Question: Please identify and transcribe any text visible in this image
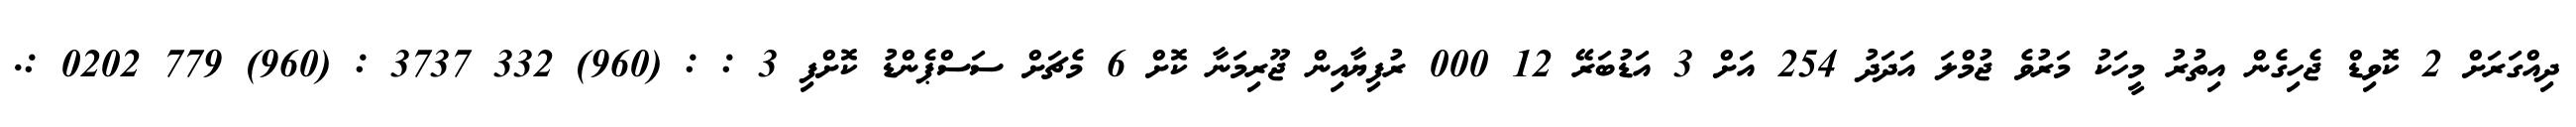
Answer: ދިއްގަރަށް 2 ކޮވިޑް ޖެހިގެން އިތުރު މީހަކު މަރުވެ ޖުމްލަ އަދަދު 254 އަށް 3 އަޑުބަރޭ 12 000 ރުފިޔާއިން ޖޫރިމަނާ ކޮށް 6 މެޗަށް ސަސްޕެންޑު ކޮށްފި 3 : : (960) 332 3737 : (960) 779 0202 :.